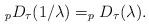
LaTeX: \begin{align*}_{p}D_{\tau }(1/\lambda )=_{p}D_{\tau }(\lambda ).\end{align*}